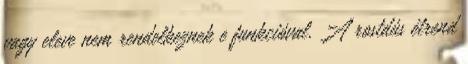
vagy eleve nem rendelkeznek e funkcióval. A rostdús étrend